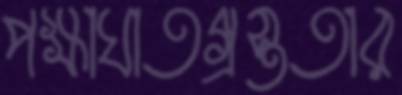
পক্ষাঘাতগ্রস্ততার